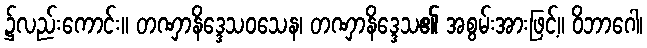
၌လည်းကောင်း။ တဏှာနိဒ္ဒေသဝသေန၊ တဏှာနိဒ္ဒေသ၏ အစွမ်းအားဖြင့်။ ဝိဘာဂေါ၊